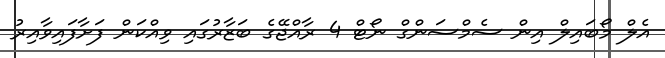
އެލް މޯބައިލް އިން ސެމްސަންގް ނޯޓް 4 ރާއްޖޭގެ ބަޒާރުގައި ވިއްކަން ފަށާފައިވާއިރު